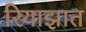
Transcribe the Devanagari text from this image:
रियाझात